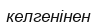
келгенінен